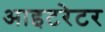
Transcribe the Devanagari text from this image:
आइटरेटर